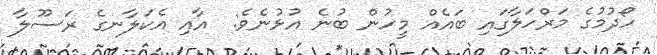
ހޯދުމުގެ މަރްހަލާގައި ބައެއް މީހުން ބުނެ އުޅުނެވެ:  އާއި އެކަލާނގެ ރަސޫލާ